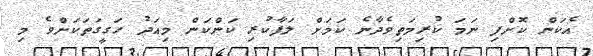
އެކަން ކޮށްފި ނަމަ ކުރިމަތިވެދާނެ ކަމަށް ލަފާކުރި ކަންކަން މިއަދު ހަގީގަތަކަށްވެ މި